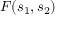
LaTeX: F ( s _ { 1 } , s _ { 2 } )